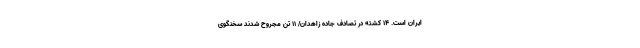
ایران است. 14 کشته در تصادف جاده زاهدان/ 11 تن مجروح شدند سخنگوی